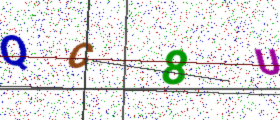
Text: QC8U